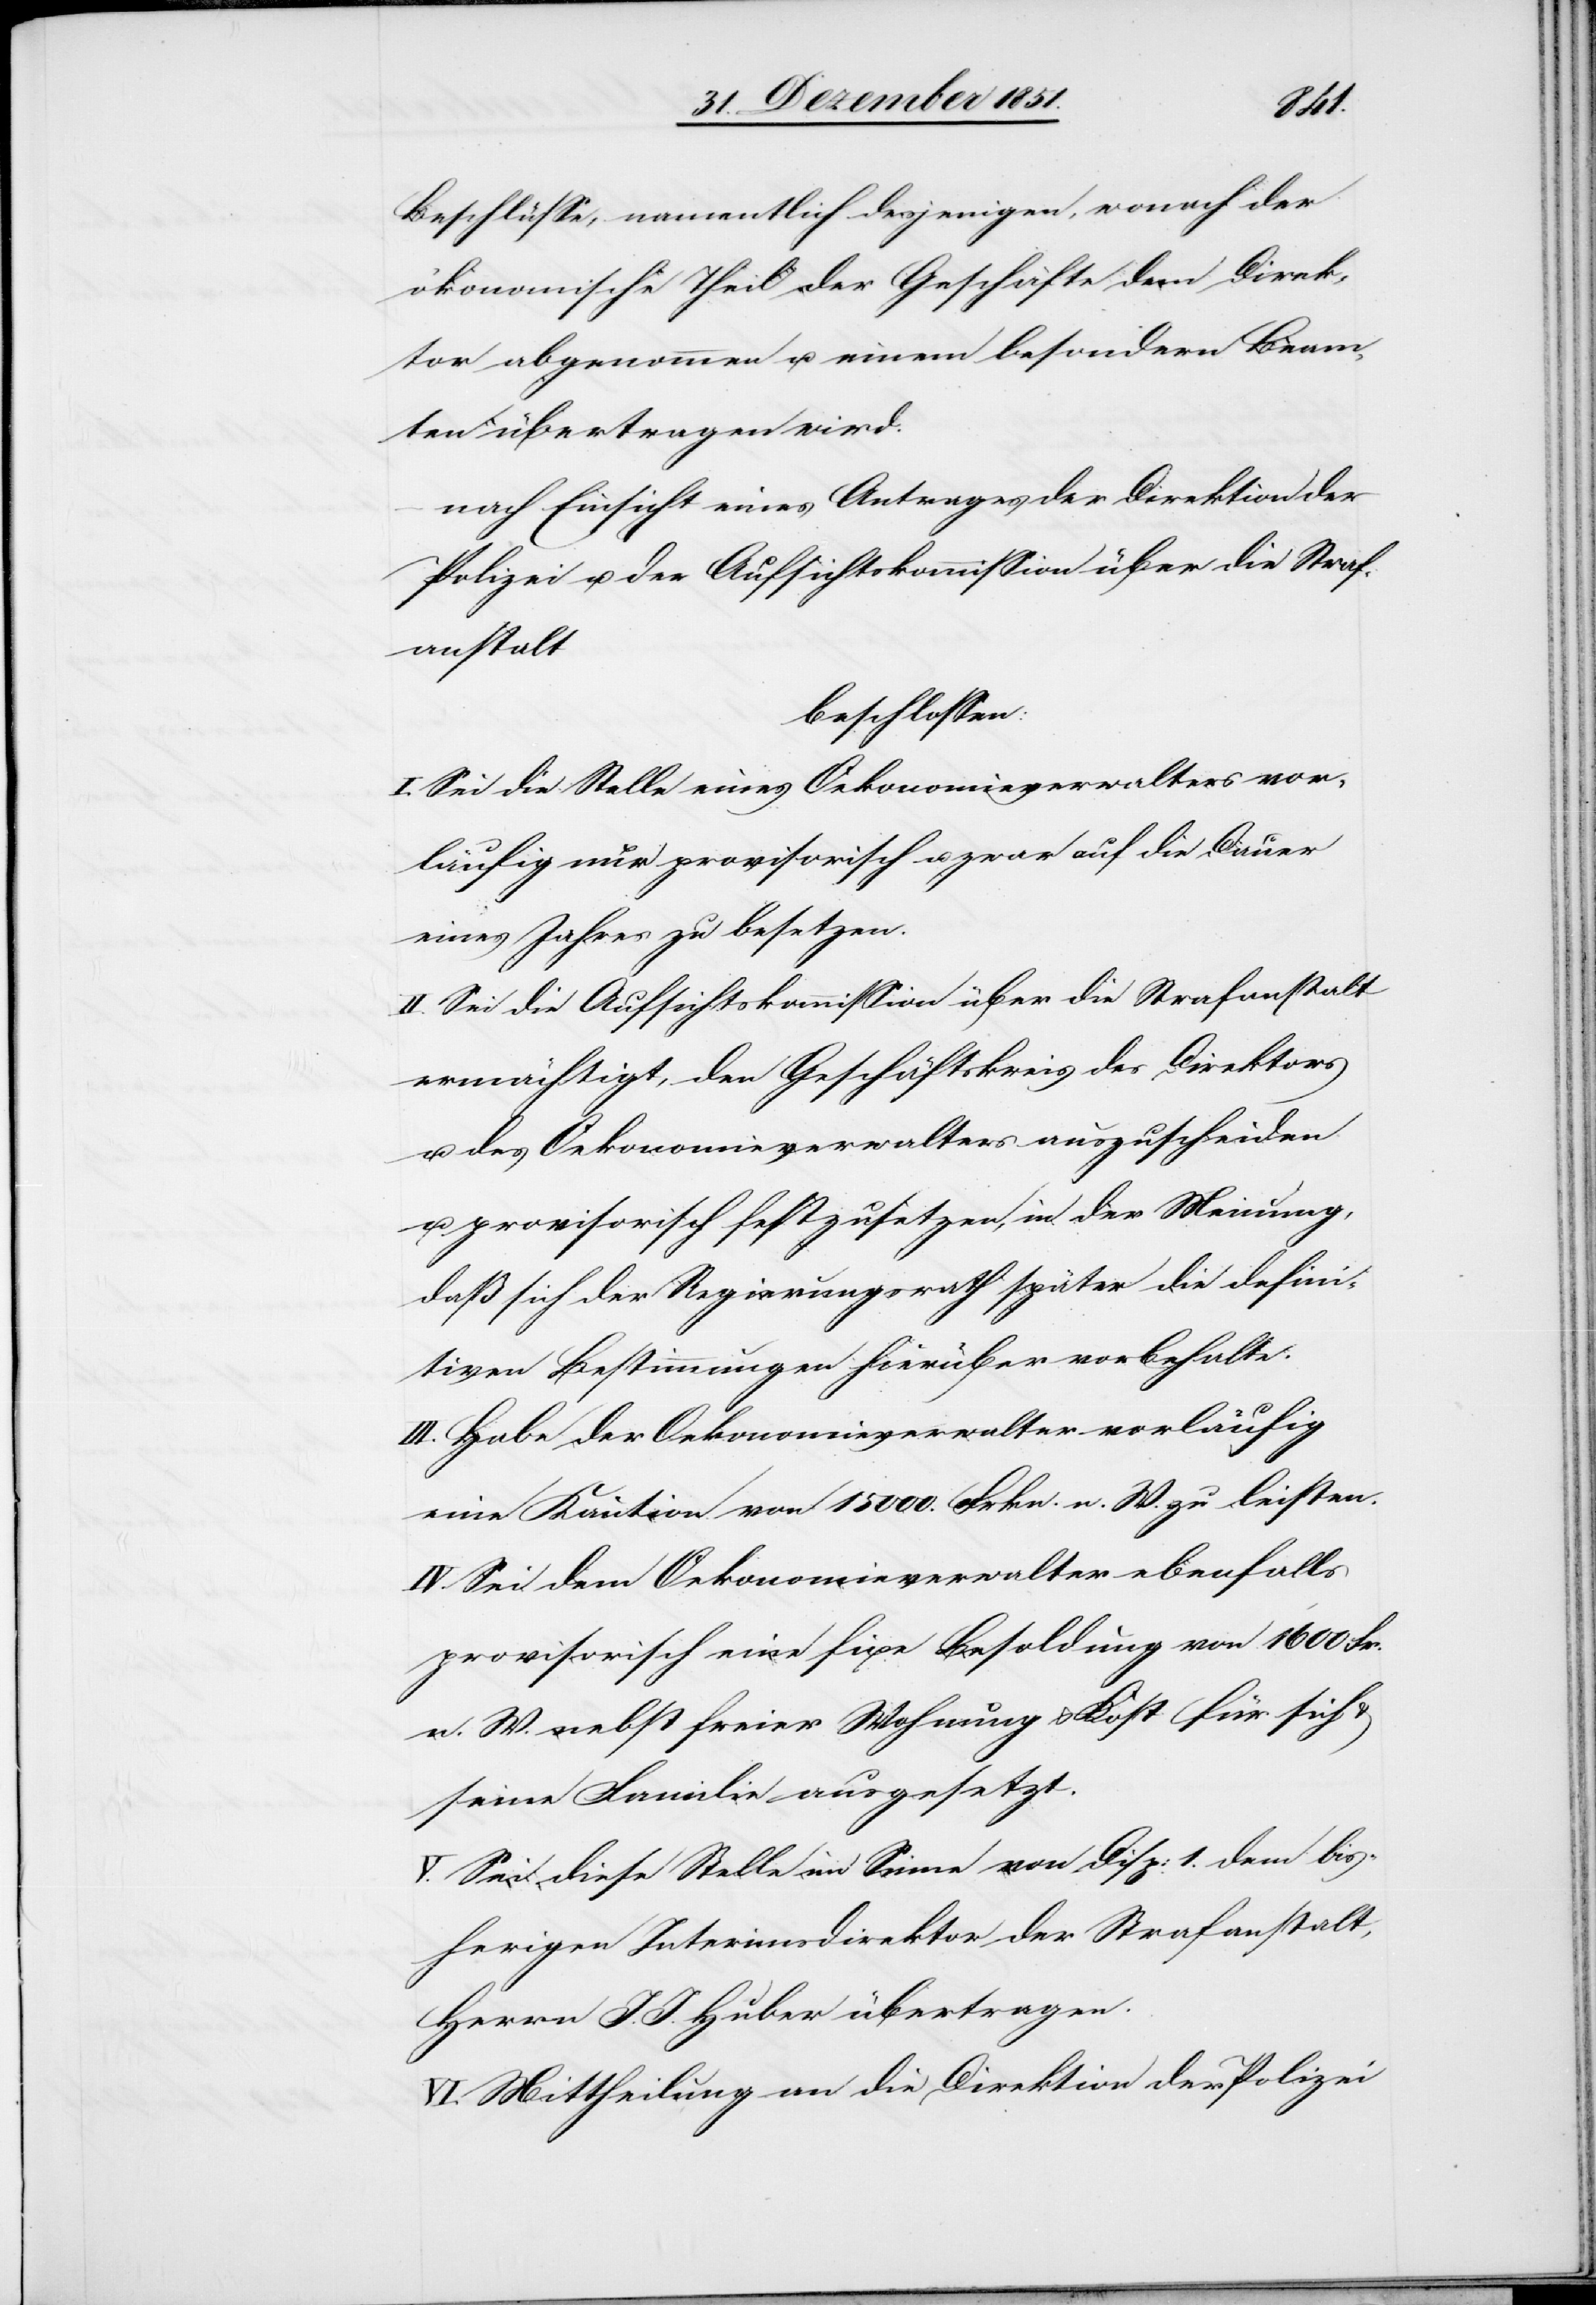
Beschlüsse, namentlich desjenigen, wonach der
ökonomische Theil der Geschäfte dem Direk¬
tor abgenommen u. einem besondern Beam¬
ten übertragen wird.
nach Einsicht eines Antrages der Direktion der
Polizei u. der Aufsichtskommission über die Straf¬
anstalt
beschlossen:
I. Sei die Stelle eines Oekonomieverwalters vor¬
läufig nur provisorisch u. zwar auf die Dauer
eines Jahres zu besetzen.
II. Sei die Aufsichtskommission über die Strafanstalt
ermächtigt, den Geschäftskreis des Direktors
u. des Oekonomieverwalters auszuscheiden
u. provisorisch festzusetzen, in der Meinung,
daß sich der Regierungsrath später die defini¬
tiven Bestimmungen hierüber vorbehalte.
III. Habe der Oekonomieverwalter vorläufig
eine Kaution von 15 000. Frkn. n. W. zu leisten.
IV. Sei dem Oekonomieverwalter ebenfalls
provisorisch eine fixe Besoldung von 1600 Fr.
n. W. nebst freier Wohnung & Kost für sich
seine Familie ausgesetzt.
V. Sei diese Stelle im Sinne von Disp: 1. dem bis¬
herigen Interimsdirektor der Strafanstalt,
Herrn J. J. Huber übertragen.
VI. Mittheilung an die Direktion der Polizei